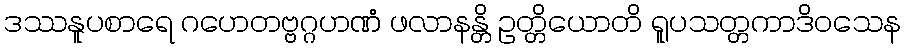
ဒဿနူပစာရေ ဂဟေတဗ္ဗဂ္ဂဟဏံ ဖလာနန္တိ ဥတ္တိယောတိ ရူပသတ္တကာဒိဝသေန